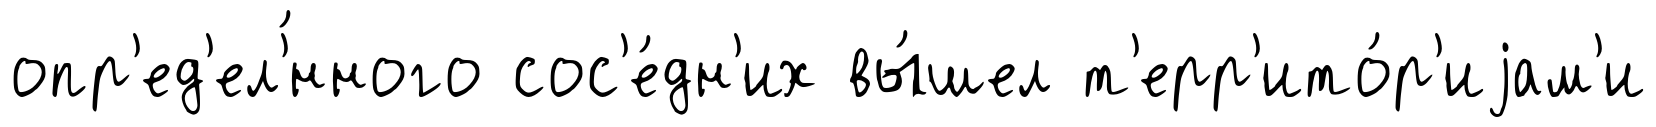
опр'ед'ел'́нного сос'е́дн'их вы́шел т'ерр'ито́р'иjам'и